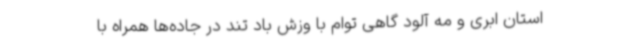
استان ابری و مه آلود گاهی توام با وزش باد تند در جاده‌ها همراه با